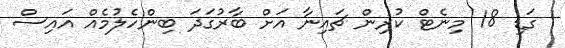
1 ގަޑި 18 މިނެޓް ކުރިން ޗައިނާ އަށް ބާރުގަދަ ބިންހެލުމެއް އައިސް